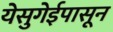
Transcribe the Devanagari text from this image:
येसुगेईपासून